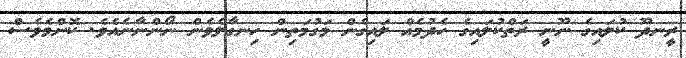
ރީނދޫ ކުލައިގެ ނޫނީ ރަތްކުލައިގެ ހެދުމެއް ލައިގެން މަގުމަތިން ހިނގާލެވެން ނޯންނާނެއެވެ. ކޮންމެވެސް